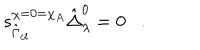
s _ { \hat { \Gamma } _ { c l } } ^ { \chi = 0 = \chi _ { A } } \hat { \Delta } _ { \lambda } ^ { 0 } = 0 .